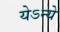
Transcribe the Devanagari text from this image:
येऽन्ये